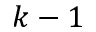
k - 1